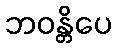
ဘဝန္တိပေ